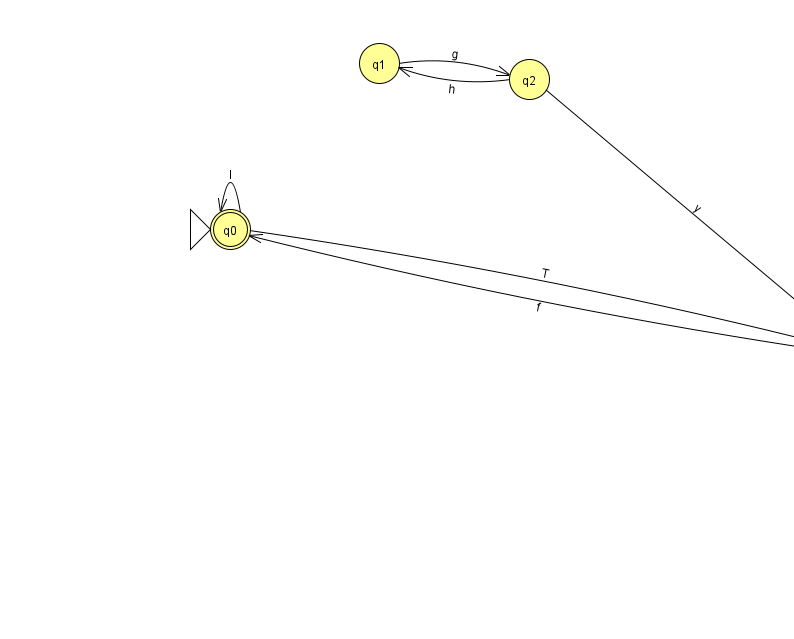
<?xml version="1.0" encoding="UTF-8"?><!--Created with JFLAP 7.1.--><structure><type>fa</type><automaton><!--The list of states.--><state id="0" name="q0"><x>230.0</x><y>216.0</y><initial/><final/></state><state id="1" name="q1"><x>379.0</x><y>50.0</y></state><state id="2" name="q2"><x>529.0</x><y>66.0</y></state><state id="3" name="q3"><x>855.0</x><y>340.0</y></state><!--The list of transitions.--><transition><from>1</from><to>2</to><read>g</read></transition><transition><from>2</from><to>3</to><read>y</read></transition><transition><from>0</from><to>3</to><read>T</read></transition><transition><from>3</from><to>0</to><read>f</read></transition><transition><from>0</from><to>0</to><read>l</read></transition><transition><from>2</from><to>1</to><read>h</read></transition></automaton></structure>